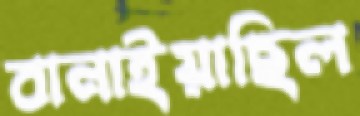
বানাইয়াছিল